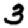
Digit: 3